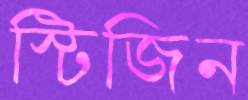
স্টিজিন